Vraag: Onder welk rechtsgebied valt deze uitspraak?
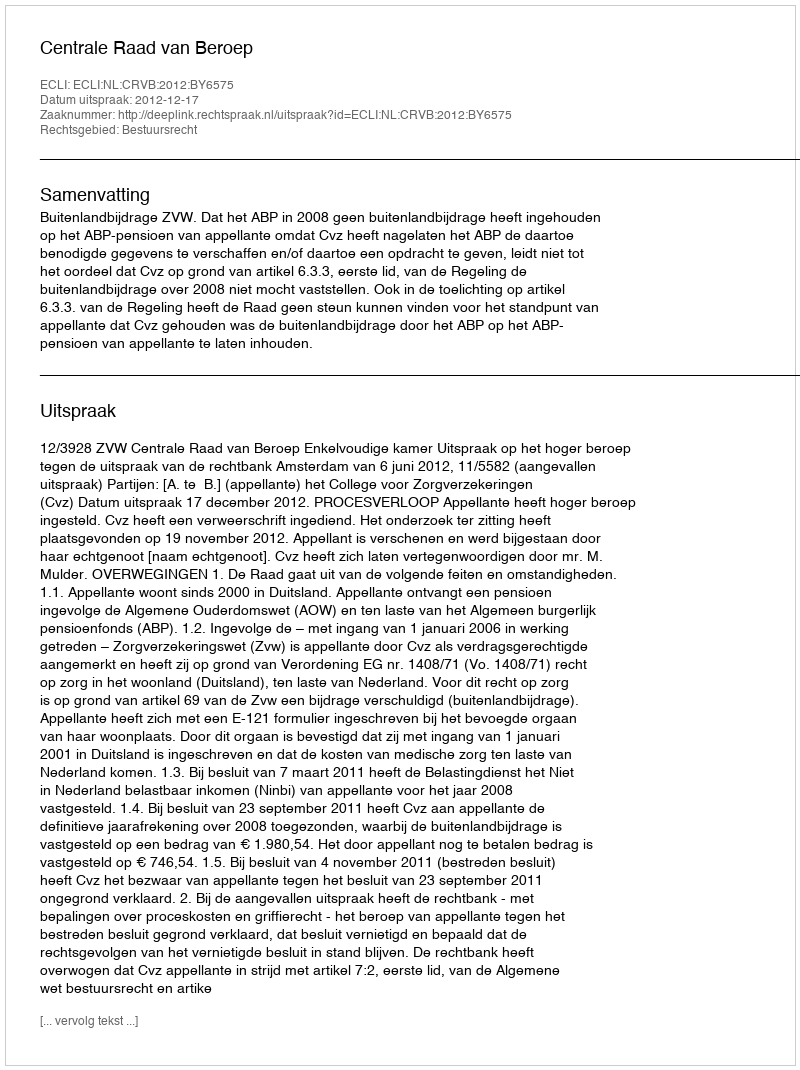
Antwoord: Bestuursrecht